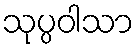
သုပ္ပဝါသာ